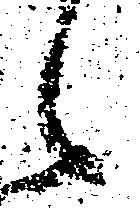
候